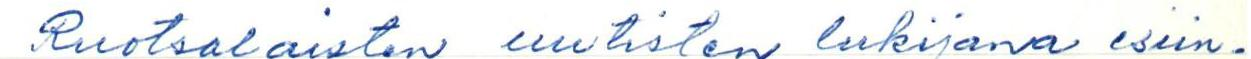
Ruotsalaisten uutisten lukijana esiin-